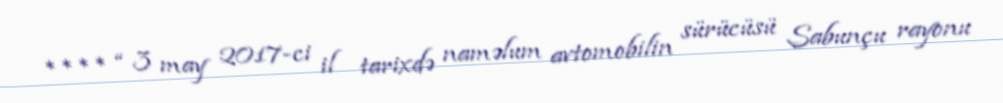
**** “ 3 may 2017-ci il tarixdə naməlum avtomobilin sürücüsü Sabunçu rayonu